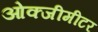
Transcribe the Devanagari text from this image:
ओक्जीमीटर